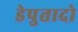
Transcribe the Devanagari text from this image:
डेपुतादो